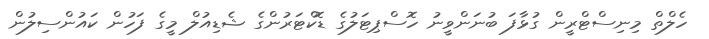
ހެލްތް މިނިސްޓްރީން ގުޅާފަ ބުނަންވީނު ހޮސްޕިޓަލުގެ ޑޮކްޓަރުންގެ ޝެޑިއުލް މީގެ ފަހުން ކައުންސިލުން